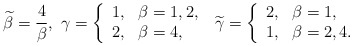
\begin{align*}\widetilde{\beta}=\frac{4}{\beta},\ \gamma=\left\{\begin{array}{cl} 1, & \beta=1,2, \\ 2, & \beta=4, \end{array}\right.\ \widetilde{\gamma}=\left\{\begin{array}{cl} 2, & \beta=1, \\ 1, & \beta=2,4. \end{array}\right.\end{align*}